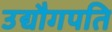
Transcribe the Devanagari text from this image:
उद्यौगपति